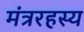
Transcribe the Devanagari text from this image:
मंत्ररहस्य